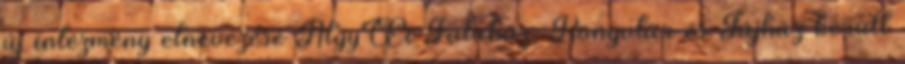
új intézmény elnevezése AlgyŒi Faluház, Könyvtár és Tájház került